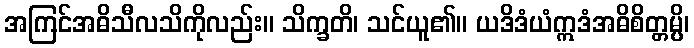
အကြင်အဓိသီလသိကိုလည်း။ သိက္ခတိ၊ သင်ယူ၏။ ယဒိဒံယံဣဒံအဓိစိတ္တမ္ပိ၊